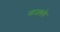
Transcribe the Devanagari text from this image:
माजवले